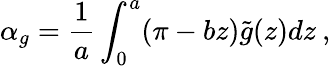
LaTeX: \alpha_{g}=\frac{1}{a}\int_{0}^{a}(\pi-bz)\tilde{g}(z)dz\: ,